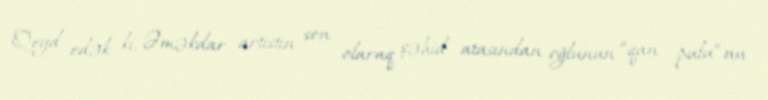
Qeyd edək ki, Əməkdar artistin son olaraq şəhid atasından oğlunun “qan pulu”nu